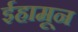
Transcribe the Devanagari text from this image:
ईहामून